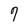
Character: 9